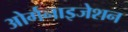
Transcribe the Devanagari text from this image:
ओर्गनाइजेशन